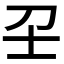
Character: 𡔛